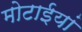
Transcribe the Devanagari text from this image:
मोटाईयां